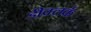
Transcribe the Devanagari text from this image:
डीक्लर्क